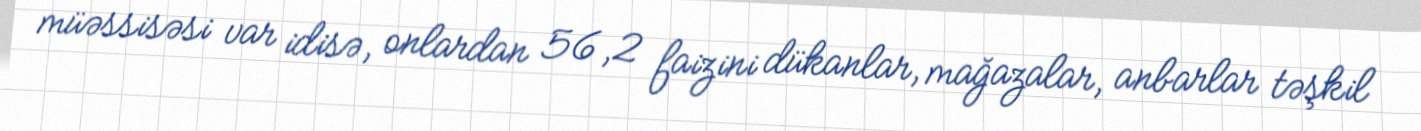
müəssisəsi var idisə, onlardan 56,2 faizini dükanlar, mağazalar, anbarlar təşkil